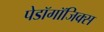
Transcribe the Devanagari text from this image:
पेडॉगॉजिक्स